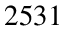
2 5 3 1